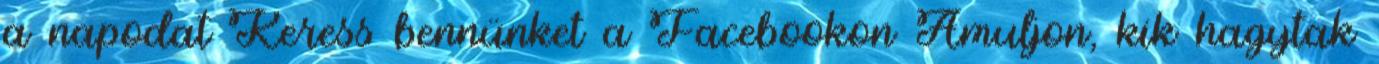
a napodat Keress bennünket a Facebookon Ámuljon, kik hagytak